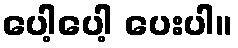
ပေါ့ပေါ့ ပေးပါ။